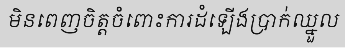
មិនពេញចិត្តចំពោះការដំឡើងប្រាក់ឈ្នួល